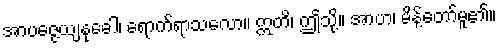
အာပဇ္ဇေယျနုခေါ၊ ရောက်ရာသလော။ ဣတိ၊ ဤသို့။ အာဟ၊ မိန့်တော်မူ၏။